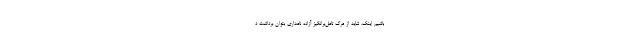
باشیم اینک، شاید از مرگ تامل‌برانگیز آزاده نامداری بتوان برداشت د